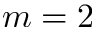
m = 2